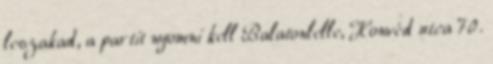
leszakad, a partit nyomni kell Balatonlelle, Honvéd utca 70.